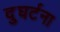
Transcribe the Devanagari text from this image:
दुघर्टना